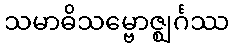
သမာဓိသမ္ဗောဇ္ဈင်္ဂဿ